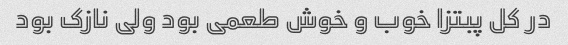
در کل پبتزا خوب و خوش طعمی بود ولی نازک بود